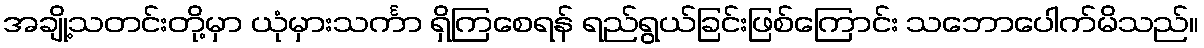
အချို့သတင်းတို့မှာ ယုံမှားသင်္ကာ ရှိကြစေရန် ရည်ရွယ်ခြင်းဖြစ်ကြောင်း သဘောပေါက်မိသည်။